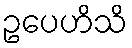
ဥပေဟိသိ